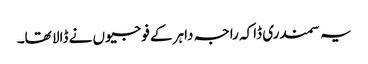
یہ سمندری ڈاکہ راجہ داہر کے فوجیوں نے ڈالا تھا۔